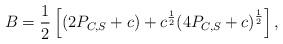
LaTeX: \begin{align*}B_{} = \frac{1}{2} \left[ (2P_{C, S} + c) + c^{\frac{1}{2}}{(4 P_{C, S}+c)}^{\frac{1}{2}} \right],\end{align*}